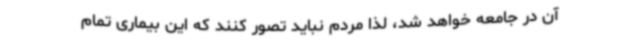
آن در جامعه خواهد شد، لذا مردم نباید تصور کنند که این بیماری تمام